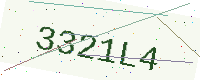
Text: 3321L4